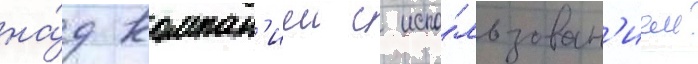
на́д компан'иеи с испо́льзован'ием